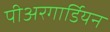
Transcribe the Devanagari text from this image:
पीअरगार्डियन